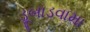
ડૂબાડવામા